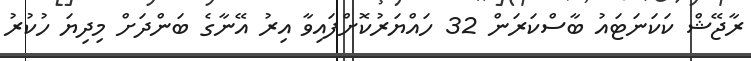
ރާޖޭޝް ކަކަނަޓައު ބާސްކަރަން 32 ހައްޔަރުކޮށްފައިވާ އިރު އޭނާގެ ބަންދަށް މިދިޔަ ހުކުރު